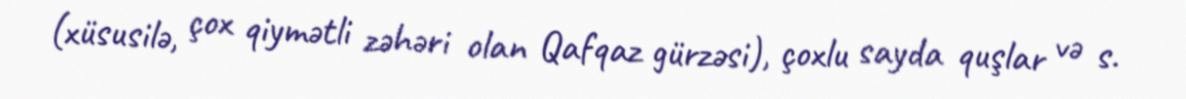
(xüsusilə, çox qiymətli zəhəri olan Qafqaz gürzəsi), çoxlu sayda quşlar və s.